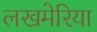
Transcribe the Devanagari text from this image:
लखमेरिया